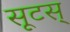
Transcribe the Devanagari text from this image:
सूटस्